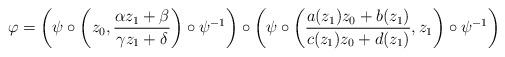
LaTeX: \begin{align*}\varphi=\left(\psi\circ\left(z_0,\frac{\alpha z_1+\beta}{\gamma z_1+\delta}\right)\circ\psi^{-1}\right)\circ\left(\psi\circ\left(\frac{a(z_1)z_0+b(z_1)}{c(z_1)z_0+d(z_1)},z_1\right)\circ\psi^{-1}\right)\end{align*}